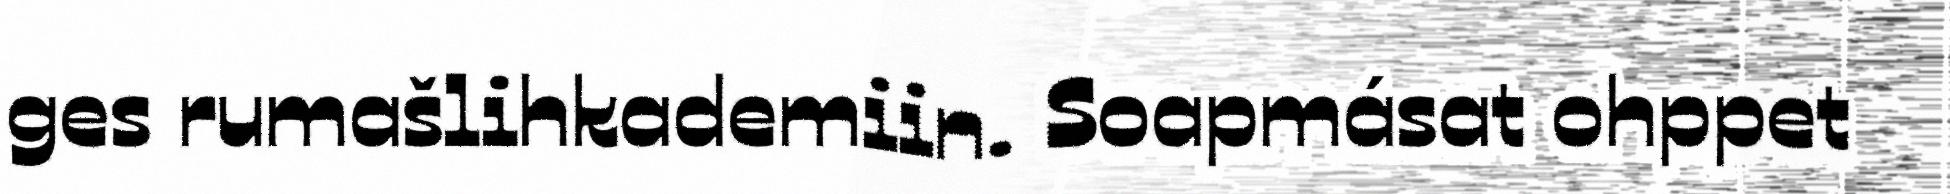
ges rumašlihkademiin. Soapmásat ohppet